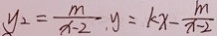
y _ { 2 } = \frac { m } { x - 2 } . y = k x - \frac { m } { x - 2 }